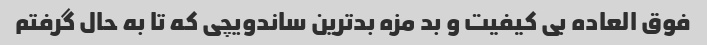
فوق العاده بی کیفیت و بد مزه بدترین ساندویچی که تا به حال گرفتم